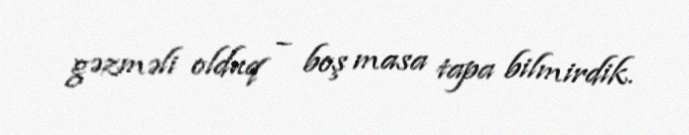
gəzməli olduq – boş masa tapa bilmirdik.